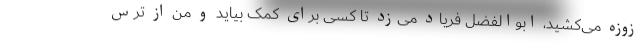
زوزه می‌کشید، ابوالفضل فریاد می‌زد تا کسی برای کمک بیاید و من از ترس